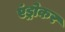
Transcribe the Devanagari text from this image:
एंड्रोकर